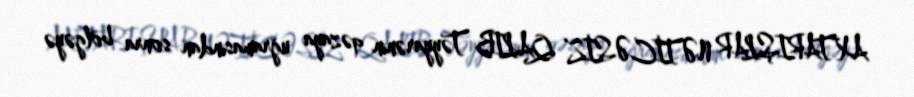
AXTARIŞLAR NƏTİCƏSİZ QALIB Təyyarənin qəzaya uğramasından sonra bölgəyə